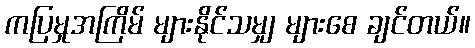
ကပြမှုအကြိမ် များနိုင်သမျှ များစေ ချင်တယ်။